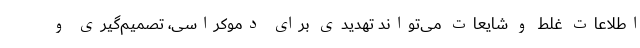
اطلاعات غلط و شایعات می‌تواند تهدیدی برای دموکراسی‌، تصمیم‌گیری و